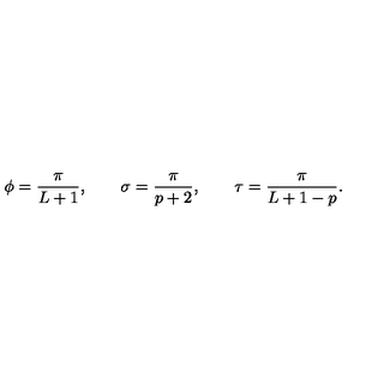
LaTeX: \phi = \frac { \pi } { L + 1 } , \qquad \sigma = \frac { \pi } { p + 2 } , \qquad \tau = \frac { \pi } { L + 1 - p } .